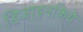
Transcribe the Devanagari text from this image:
डिजाइनकिये